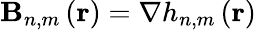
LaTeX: \mathbf{B}_{n,m}\left(\mathbf{r}\right)=\nabla h_{n,m}\left(\mathbf{r}\right)